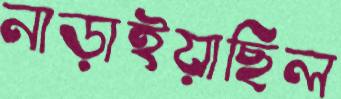
নাড়াইয়াছিল